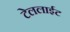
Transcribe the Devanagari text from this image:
टेललाईट